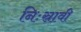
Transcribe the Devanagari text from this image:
निःस्रावी